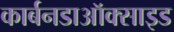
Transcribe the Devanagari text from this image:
कार्बनडाऑक्साइड